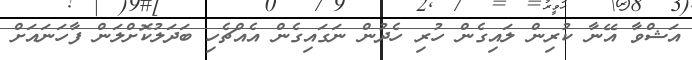
އަޝްވާ އޭނާ ކުރިން ލައިގެން ހުރި ހެދުން ނަގައިގެން އެއްޗެހި ބަދަލުކޮށްލަން ފާހަނައަށް